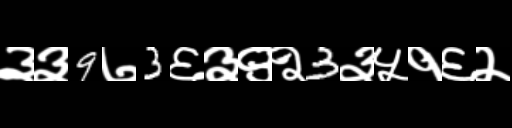
Text: ३३9७3६३९२3३५१६२